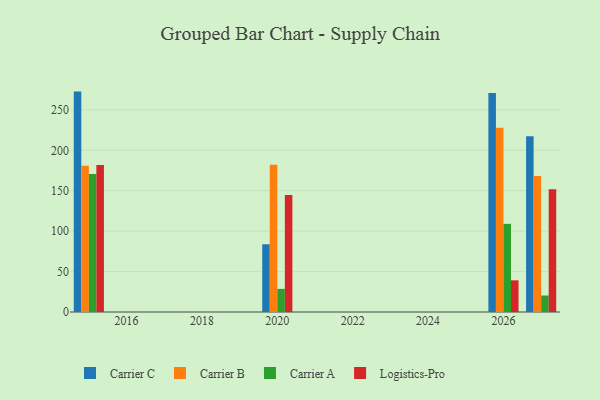
{"axis": {"x": "Year", "y": "Population (Million)"}, "legend": ["Carrier A", "Carrier B", "Carrier C", "Logistics-Pro"], "data": [{"x": "2020", "y": 83.8, "type": "Carrier C"}, {"x": "2020", "y": 182.0, "type": "Carrier B"}, {"x": "2020", "y": 28.6, "type": "Carrier A"}, {"x": "2020", "y": 144.7, "type": "Logistics-Pro"}, {"x": "2015", "y": 272.6, "type": "Carrier C"}, {"x": "2015", "y": 180.9, "type": "Carrier B"}, {"x": "2015", "y": 170.6, "type": "Carrier A"}, {"x": "2015", "y": 181.7, "type": "Logistics-Pro"}, {"x": "2026", "y": 270.8, "type": "Carrier C"}, {"x": "2026", "y": 227.8, "type": "Carrier B"}, {"x": "2026", "y": 109.0, "type": "Carrier A"}, {"x": "2026", "y": 39.2, "type": "Logistics-Pro"}, {"x": "2027", "y": 217.4, "type": "Carrier C"}, {"x": "2027", "y": 168.2, "type": "Carrier B"}, {"x": "2027", "y": 20.4, "type": "Carrier A"}, {"x": "2027", "y": 151.9, "type": "Logistics-Pro"}]}